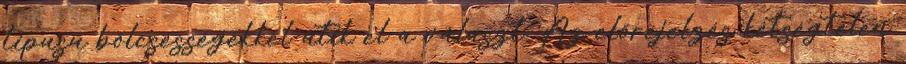
típusú bölcsességekkel ütik el a választ. Az előrejelzés kétségtelen